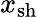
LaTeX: x_{\mathrm{sh}}